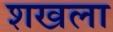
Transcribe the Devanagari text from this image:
शखला